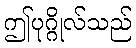
ဤပုဂ္ဂိုလ်သည်